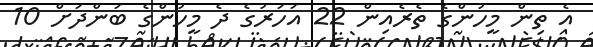
އެ ތިން މީހުންގެ ތެރެއިން 22 އަހަރުގެ ދެ މީހުންގެ ބަންދަށް 10